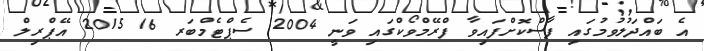
އެ ބައްދަލުވުމުގައި ފާސްކޮށްފައިވާ ފްރޭމްވޯކްގައި ވަނީ 2004 ސެޕްޓެމްބަރ 16 2015 އޭޕްރިލް